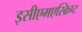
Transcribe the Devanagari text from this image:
इसीएमएस्क्रिप्ट